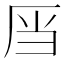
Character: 𮰑